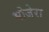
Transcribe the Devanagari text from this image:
भोजेरा